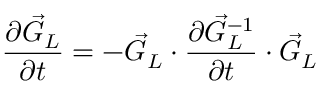
\frac { \partial \vec { G } _ { L } } { \partial t } = - \vec { G } _ { L } \cdot \frac { \partial \vec { G } _ { L } ^ { - 1 } } { \partial t } \cdot \vec { G } _ { L }